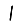
Digit: 1